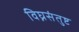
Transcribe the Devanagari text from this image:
विघ्नसंतुष्ट